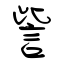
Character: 訾